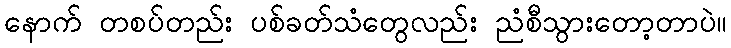
နောက် တစပ်တည်း ပစ်ခတ်သံတွေလည်း ညံစီသွားတော့တာပဲ။